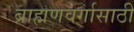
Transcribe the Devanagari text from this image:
ब्राह्मणवर्गासाठी